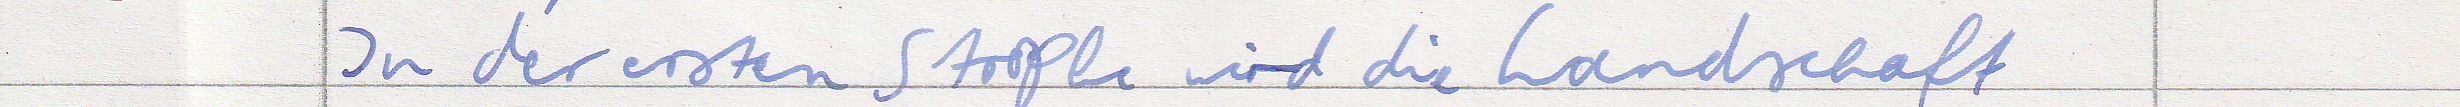
In der ersten Strophe wird die Landschaft